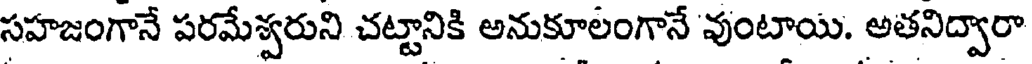
సహజంగానే పరమేశ్వరుని చట్టానికి అనుకూలంగానే వుంటాయి. అతనిద్వారా